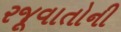
રજૂવાતોની